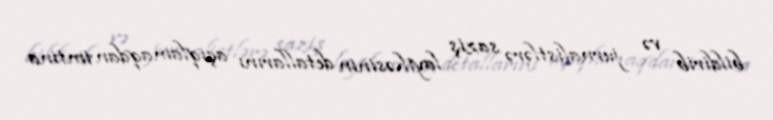
bildirib və jurnalistlərə saziş layihəsinin detallarını açıqlamaqdan imtina